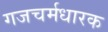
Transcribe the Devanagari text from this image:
गजचर्मधारक